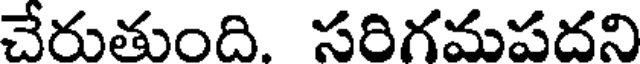
చేరుతుంది. సరిగమపదని